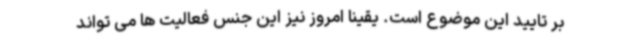
بر تایید این موضوع است. یقینا امروز نیز این جنس فعالیت ها می تواند